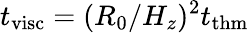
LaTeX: t_{\mathrm{visc}}=(R_{0}/H_{z})^{2}t_{\mathrm{thm}}